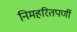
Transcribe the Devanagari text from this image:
निमहरितपर्णी